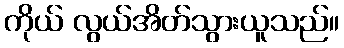
ကိုယ် လွယ်အိတ်သွားယူသည်။